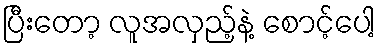
ပြီးတော့ လူအလှည့်နဲ့ စောင့်ပေါ့